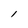
Character: l